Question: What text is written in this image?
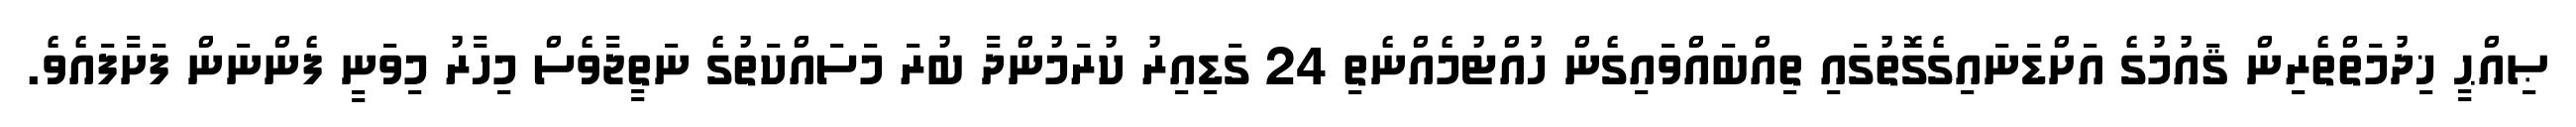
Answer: ޞިއްޙީ ޚިދުމަތްތެރިން ޤައުމުގެ އަށްޑަނައިގެގޮތުގައި ތިއްބައްވައިގެން ހުއްޓުމެއްނެތި 24 ގަޑިއިރު ކުރަމުންދާ ބުރަ މަސައްކަތުގެ ނަތީޖާވެސް މިހާރު މިވަނީ ފެންނަން ފަށާފައެވެ.